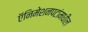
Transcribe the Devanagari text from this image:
ऍनिमेशनपटांमधील